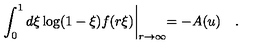
\int _ { 0 } ^ { 1 } d \xi \log ( 1 - \xi ) f ( r \xi ) \biggl | _ { r \to \infty } = - A ( u ) \quad .